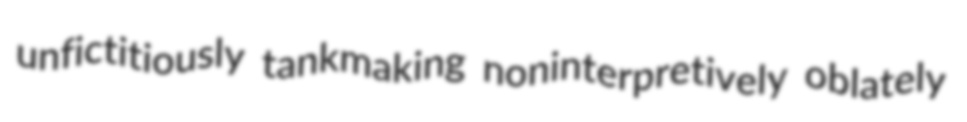
unfictitiously tankmaking noninterpretively oblately